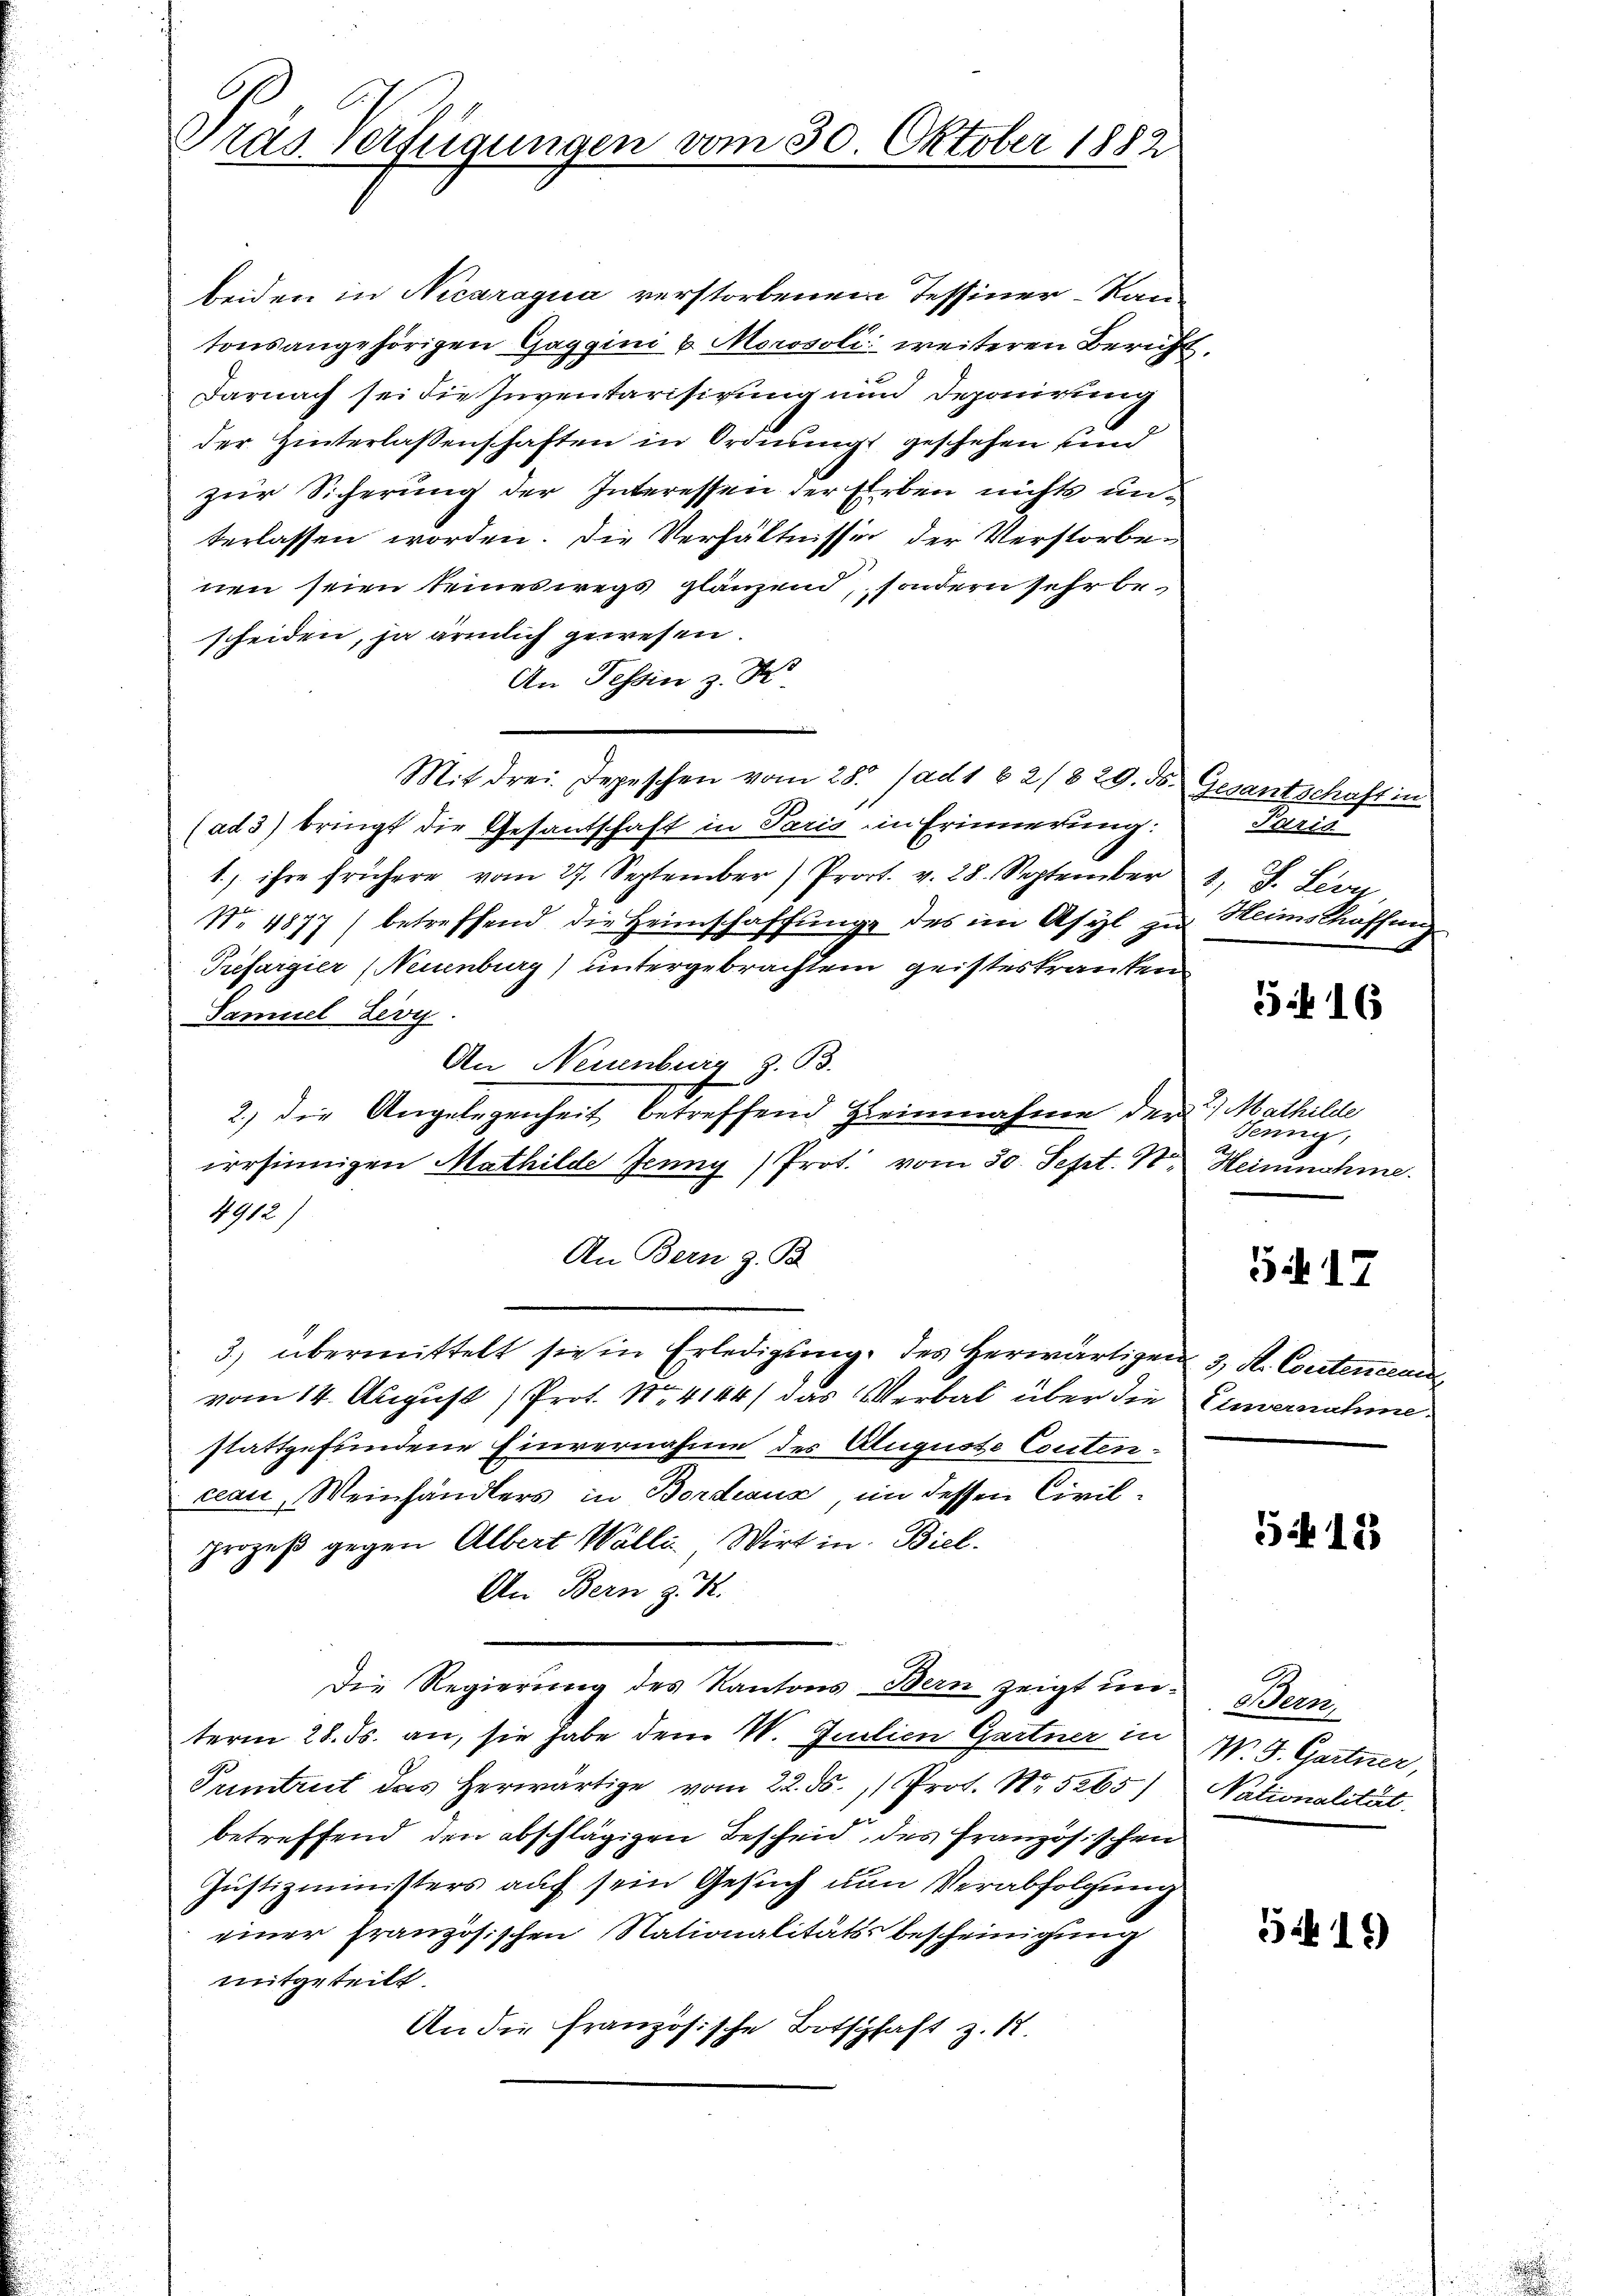
Tras Verfügungen

beiden in Nicaragua verstorbenem Tessiner-Ran-
tonsangehörigen Gaggini v. Morosoli weiteren Bericht
Darnach sei die Inventarisirung nun Deponirung
der Hinterlassenschaften in Ordnung geschehen und
zur Sicherung der Interessen der Erben nichts unterlassen worden. Die Verhältnisse der Verstorbenen seien seineswegs glänzend, sondern sehr be-
scheiden, ja ärmlich gewesen
An Tessin z. B.
Mit drei Depeschen vom 28. ad 1 62/829. ds. Gesantschaft in
(ad 3) bringt die Gesantschaft in Paris in Erinnerung:
1.) ihre frühere vom 27. September) Prost. v. 28. September
No. 4877) betreffend die Heimschaffŭng des im Asyl zu Heimschaffung
Trefargier (Neuenburg) untergebrachtem geisteskranken
Samuel Livy.
An Neuenburg z. B.
2.) Die Angelegenheit betreffend Heinnahme der 2) Mathilde
irrsinnigen Mathilde Jenny (Prot. vom 30. Sept. 17. Heinnahme.
4912)
An Bern z. B.
3.) übermittelt sie in Erledigung des herwärtigen 3. K. Contencern
vom 14. August Prot. No. 4144/ das Verbal über die Einvernahme
stattgefundene Einvernahme des Auguste Contencean, Weinhändlers in Bordeaux, im dessen Civilprozeß gegen Albert Walli. Wirt in Biel.
An Bern z. K.
Die Regierung des Kantons Bern zeigt und Bern,
term 28. ds. an, sie habe dem W. Julien Gartner in W. J. Gartner,
Puntrut das herwärtige vom 22. ds. 1 Prof. No. 5265)
betreffend den abschlägigen Bescheid des Französischen
Justizministers auf sein Gesuch nun Verabfolgung
einer französischen Nationalitätss bescheinigung
mitgeteilt.
An die französische Botschaft z. 18.

vom 30. Oktober 1882

2

Preris
2, J. Leer

516

Tenn,

5417

512

Nationalität.

515)